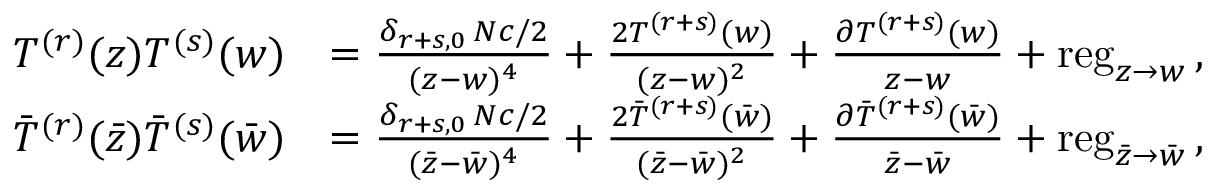
\begin{array} { r l } { T ^ { ( r ) } ( z ) T ^ { ( s ) } ( w ) } & { = \frac { \delta _ { r + s , 0 } \, N c / 2 } { ( z - w ) ^ { 4 } } + \frac { 2 T ^ { ( r + s ) } ( w ) } { ( z - w ) ^ { 2 } } + \frac { \partial T ^ { ( r + s ) } ( w ) } { z - w } + \mathrm { r e g } _ { z \to w } \, , } \\ { \bar { T } ^ { ( r ) } ( \bar { z } ) \bar { T } ^ { ( s ) } ( \bar { w } ) } & { = \frac { \delta _ { r + s , 0 } \, N c / 2 } { ( \bar { z } - \bar { w } ) ^ { 4 } } + \frac { 2 \bar { T } ^ { ( r + s ) } ( \bar { w } ) } { ( \bar { z } - \bar { w } ) ^ { 2 } } + \frac { \partial \bar { T } ^ { ( r + s ) } ( \bar { w } ) } { \bar { z } - \bar { w } } + \mathrm { r e g } _ { \bar { z } \to \bar { w } } \, , } \end{array}